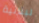
لبنانية